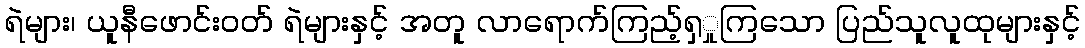
ရဲများ၊ ယူနီဖောင်းဝတ် ရဲများနှင့် အတူ လာရောက်ကြည့်ရှှုကြသော ပြည်သူလူထုများနှင့်